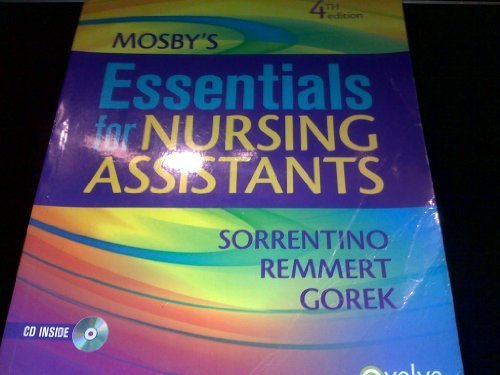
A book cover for Mosbys Essentials for Nursing Assistants , 4TH EDITION; Medical Books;